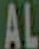
AL